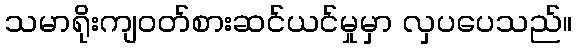
သမာရိုးကျဝတ်စားဆင်ယင်မှုမှာ လှပပေသည်။